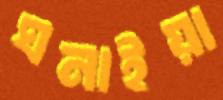
ঘনাইয়া